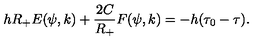
h R _ { + } E ( \psi , k ) + \frac { 2 C } { R _ { + } } F ( \psi , k ) = - h ( \tau _ { 0 } - \tau ) .